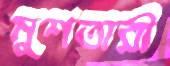
মুশতারী